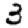
Digit: 3